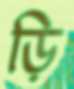
ড়ি